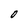
Character: O